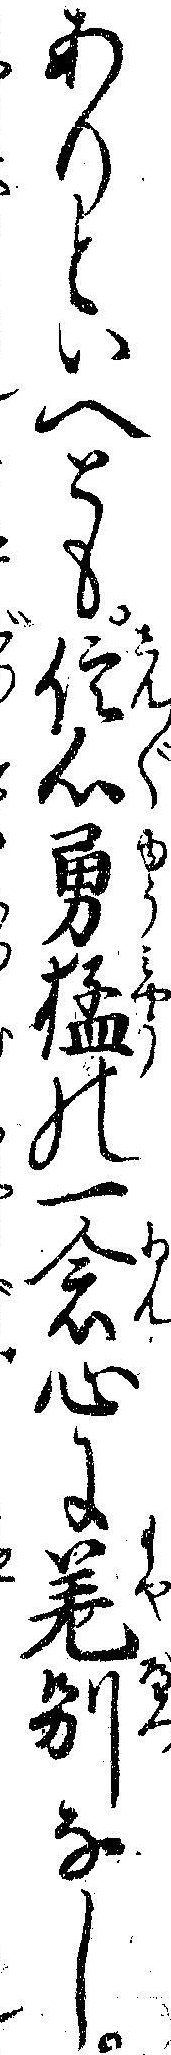
ありといへとも信心勇猛の一念心に差別なし